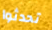
تحدثوا